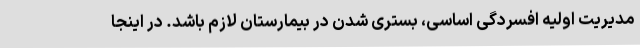
مدیریت اولیه افسردگی اساسی، بستری شدن در بیمارستان لازم باشد. در اینجا